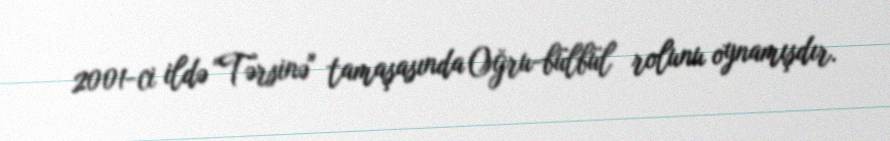
2001-ci ildə "Tərsinə" tamaşasında Oğru-bülbül rolunu oynamışdır.